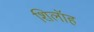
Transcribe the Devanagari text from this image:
शिलॉह